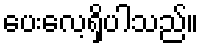
ပေးလေ့ရှိပါသည်။